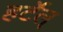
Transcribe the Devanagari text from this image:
हर्टेल्